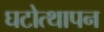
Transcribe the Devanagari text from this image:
घटोत्थापन